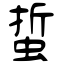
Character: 蜇